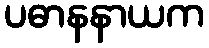
ပဓာနနာယက